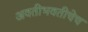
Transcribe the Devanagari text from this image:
अवतीभवतीचेच